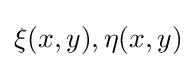
\xi (x,y),\eta (x,y)